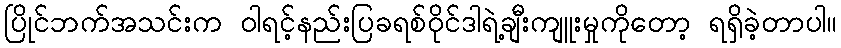
ပြိုင်ဘက်အသင်းက ဝါရင့်နည်းပြခရစ်ဝိုင်ဒါရဲ့ချီးကျူးမှုကိုတော့ ရရှိခဲ့တာပါ။